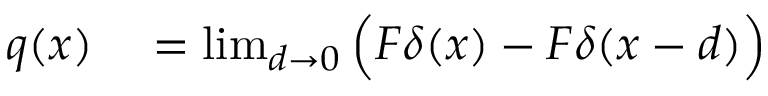
\begin{array} { r l } { q ( x ) } & { { } = \operatorname* { l i m } _ { d \to 0 } { \Big ( } F \delta ( x ) - F \delta ( x - d ) { \Big ) } } \end{array}